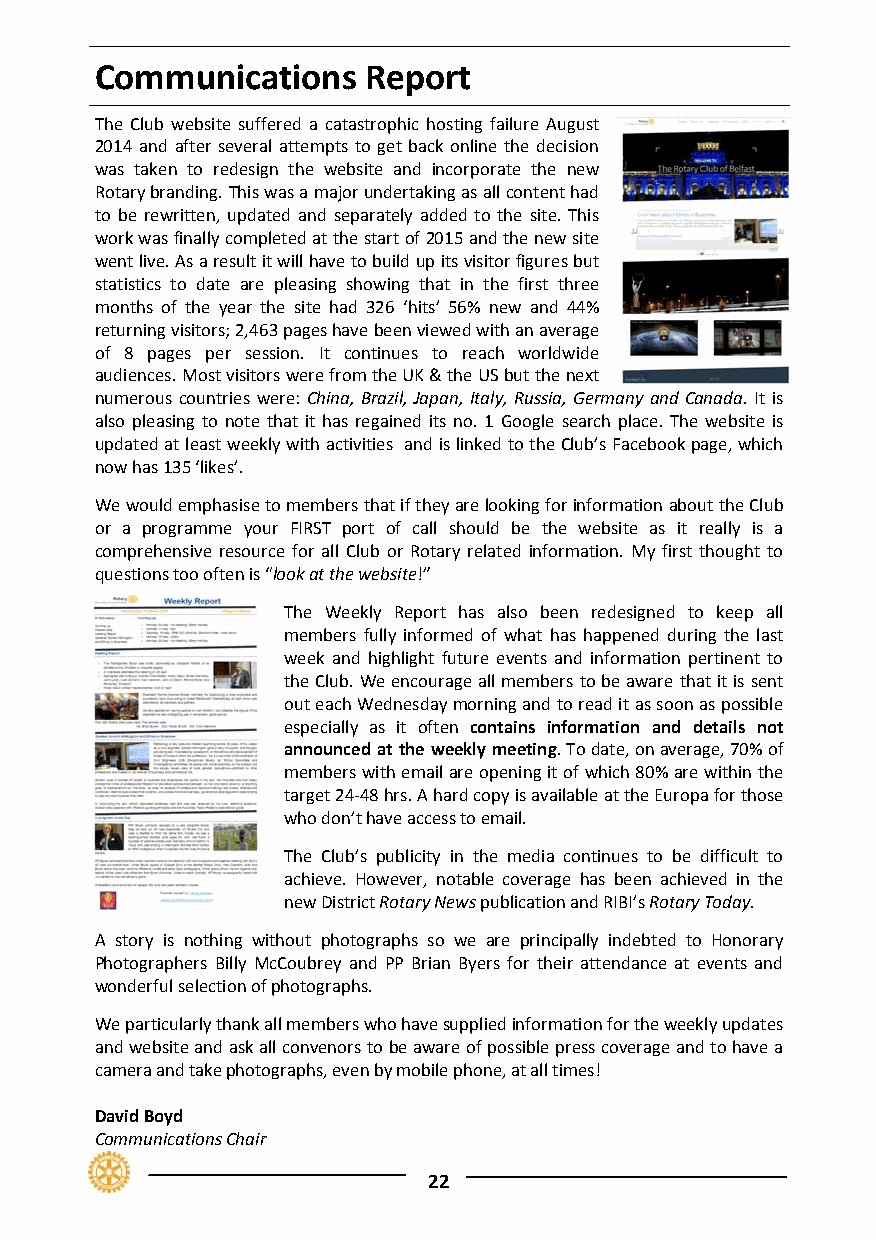
Communications    Report
 The Club website suffered a catastrophic hosting failure August
 2014 and after several attempts to get back online the decision
 was taken to redesign the website and incorporate the new
 Rotary branding. This was a major undertaking as all content had
 to be rewritten, updated and separately added to the site. This
 work was finally completed at the start of 2015 and the new site
 went live. As a result it will have to build up its visitor figures but
 statistics to date are pleasing showing that in the first three
 months of the year the site had 326 ‘hits’ 56% new and 44%
 returning visitors; 2,463 pages have been viewed with an average
 of 8 pages per session. It continues to reach worldwide
 audiences. Most visitors were from the UK & the US but the next
 numerous countries were: China, Brazil, Japan, Italy, Russia, Germany and Canada. It is
 also pleasing to note that it has regained its no. 1 Google search place. The website is
 updated at least weekly with activities and is linked to the Club’s Facebook page, which
 now has 135 ‘likes’.
 We would emphasise to members that if they are looking for information about the Club
 or a programme your FIRST port of call should be the website as it really is a
 comprehensive resource for all Club or Rotary related information. My first thought to
 questions too often is “look at the website!”
 The Weekly Report has also been redesigned to keep all
 members fully informed of what has happened during the last
 week and highlight future events and information pertinent to
 the Club. We encourage all members to be aware that it is sent
 out each Wednesday morning and to read it as soon as possible
 especially as it often contains information and details not
 announced at the weekly meeting. To date, on average, 70% of
 members with email are opening it of which 80% are within the
 target 24‐48 hrs. A hard copy is available at the Europa for those
 who don’t have access to email.
 The Club’s publicity in the media continues to be difficult to
 achieve. However, notable coverage has been achieved in the
 new District Rotary News publication and RIBI’s Rotary Today.
 A story is nothing without photographs so we are principally indebted to Honorary
 Photographers Billy McCoubrey and PP Brian Byers for their attendance at events and
 wonderful selection of photographs.
 We particularly thank all members who have supplied information for the weekly updates
 and website and ask all convenors to be aware of possible press coverage and to have a
 camera and take photographs, even by mobile phone, at all times!
 David Boyd
 Communications Chair
 22